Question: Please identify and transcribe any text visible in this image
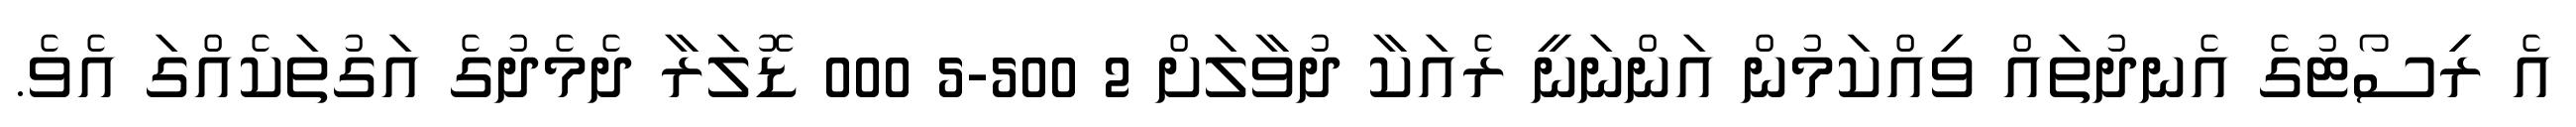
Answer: އެ ރިސޯޓުގެ އެނދުތައް ވިއްކަމުން އަންނަނީ ރެއަކާ ދުވާލަށް 2 500-5 000 ޑޮލަރާ ދެމެދުގެ އަގުތަކެއްގަ އެވެ.